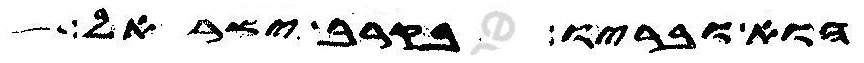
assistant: הוא ובריו בקרב ישראל